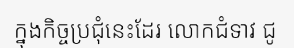
ក្នុងកិច្ចប្រជុំនេះដែរ លោកជំទាវ ជូ